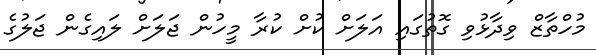
މުހްތާޒް ވިދާޅުވި ގޮތުގައި އަލަށް ކުށް ކުރާ މީހުން ޖަލަށް ލައިގެން ޖަލުގެ